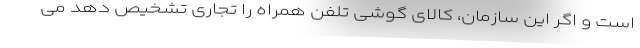
است و اگر این سازمان، کالای گوشی تلفن همراه را تجاری تشخیص دهد می